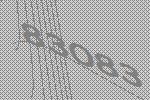
83083